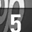
Digit: 5